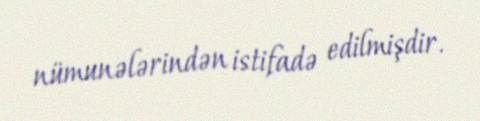
nümunələrindən istifadə edilmişdir.